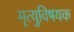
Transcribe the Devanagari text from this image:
मृत्युविषयक